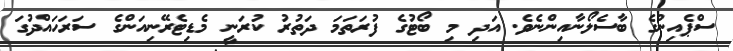
ސްޕެއިންގެ ބާސެލޯނާއިންނެވެ. އަދި މި ބޯޓުގެ ފުރަތަމަ ދަތުރު ކުރަނީ މެޑިޓެރޭނިއަންގެ ސަރަހައްދުގަ